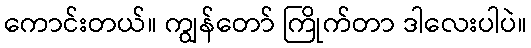
ကောင်းတယ်။ ကျွန်တော် ကြိုက်တာ ဒါလေးပါပဲ။